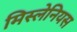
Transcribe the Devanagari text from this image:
मिस्लेनियस